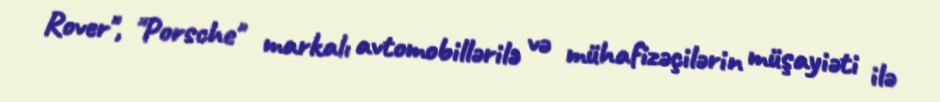
Rover", "Porsche" markalı avtomobillərilə və mühafizəçilərin müşayiəti ilə